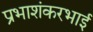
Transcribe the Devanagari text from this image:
प्रभाशंकरभाई